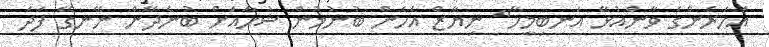
އަހަރެންގެ ވާންއުޅޭ އަނބިމީހާ" ނިޔާޒް އެހެން ބުނުމުން ޝުހާއަށް ބުނެދޭން ނޭނގޭ ފަދަ